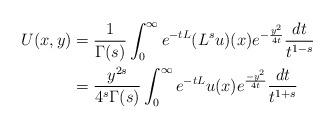
LaTeX: \begin{align*}U(x,y)&=\frac{1}{\Gamma(s)}\int_0^{\infty} e^{-tL}(L^s u)(x)e^{-\frac{y^2}{4t}}\frac{dt}{t^{1-s}}\\&=\frac{y^{2s}}{4^s\Gamma(s)}\int_0^{\infty}e^{-tL}u(x)e^{\frac{-y^2}{4t}}\frac{dt}{t^{1+s}}\end{align*}